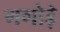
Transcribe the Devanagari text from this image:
मगोड़े